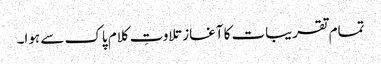
تمام تقریبات کا آغاز تلاوتِ کلام پاک سے ہوا۔